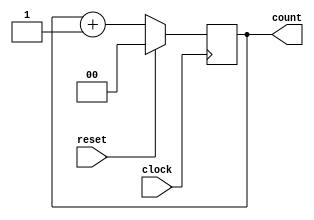
module uut_always02(clock, reset, count);

input clock, reset;
output [1:0] count;
reg [1:0] count;

always @(posedge clock) begin
	count <= count + 1'b1;
	if (reset)
		count <= 0;
end

endmodule